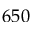
6 5 0